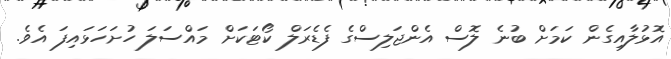
އޮޅުލާއިގެން ކަމަށް ބުނެ ލޮސް އެންޖަލިސްގެ ފެޑެރަލް ކޯޓަކަށް މައްސަލަ ހުށަހަޅައިފަ އެވެ.